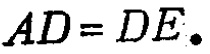
\(AD = DE.\)